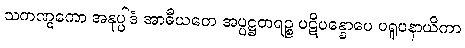
သကဏ္ဋကော အနုပ္ပါဒံ အာဓီယတေ အပ္ပဋ္ဌတရဉ္စ ပဋိပန္နောပေ ပရူပနာယိကာ